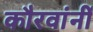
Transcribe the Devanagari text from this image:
कौरवांनीं